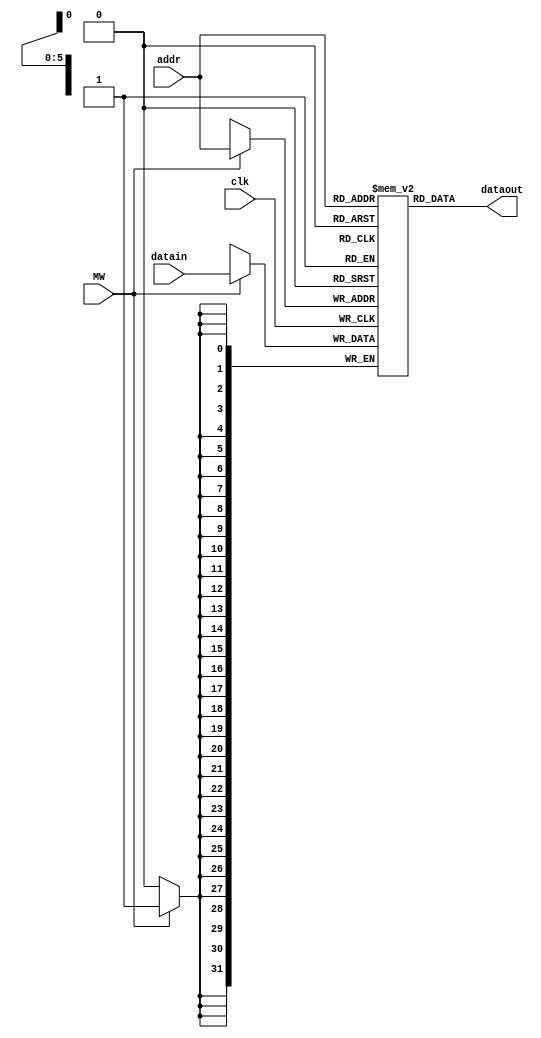
`timescale 1ns / 1ps
//////////////////////////////////////////////////////////////////////////////////
// Company: 
// Engineer: 
// 
// Design Name: 
// Module Name:    memDATA 
// Project Name: 
// Target Devices: 
// Tool versions: 
// Description: 
//
// Dependencies: 
//
// Revision: 
// Revision 0.01 - File Created
// Additional Comments: 
//
//////////////////////////////////////////////////////////////////////////////////
module memDATA(
    input clk,
    input [5:0] addr,
    input MW,
    input [31:0] datain,
    output [31:0] dataout
    );

reg [31:0] memword [63:0];
integer i;

initial
  begin
  for(i=0; i<64; i=i+1)
    memword[i] <= i;					// for easier debugging
  end

always @ (posedge clk)
  begin
    if(MW)
	   memword[addr] <= datain;
  end

assign dataout = memword[addr];

endmodule